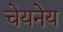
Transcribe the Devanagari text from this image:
चेयनेय